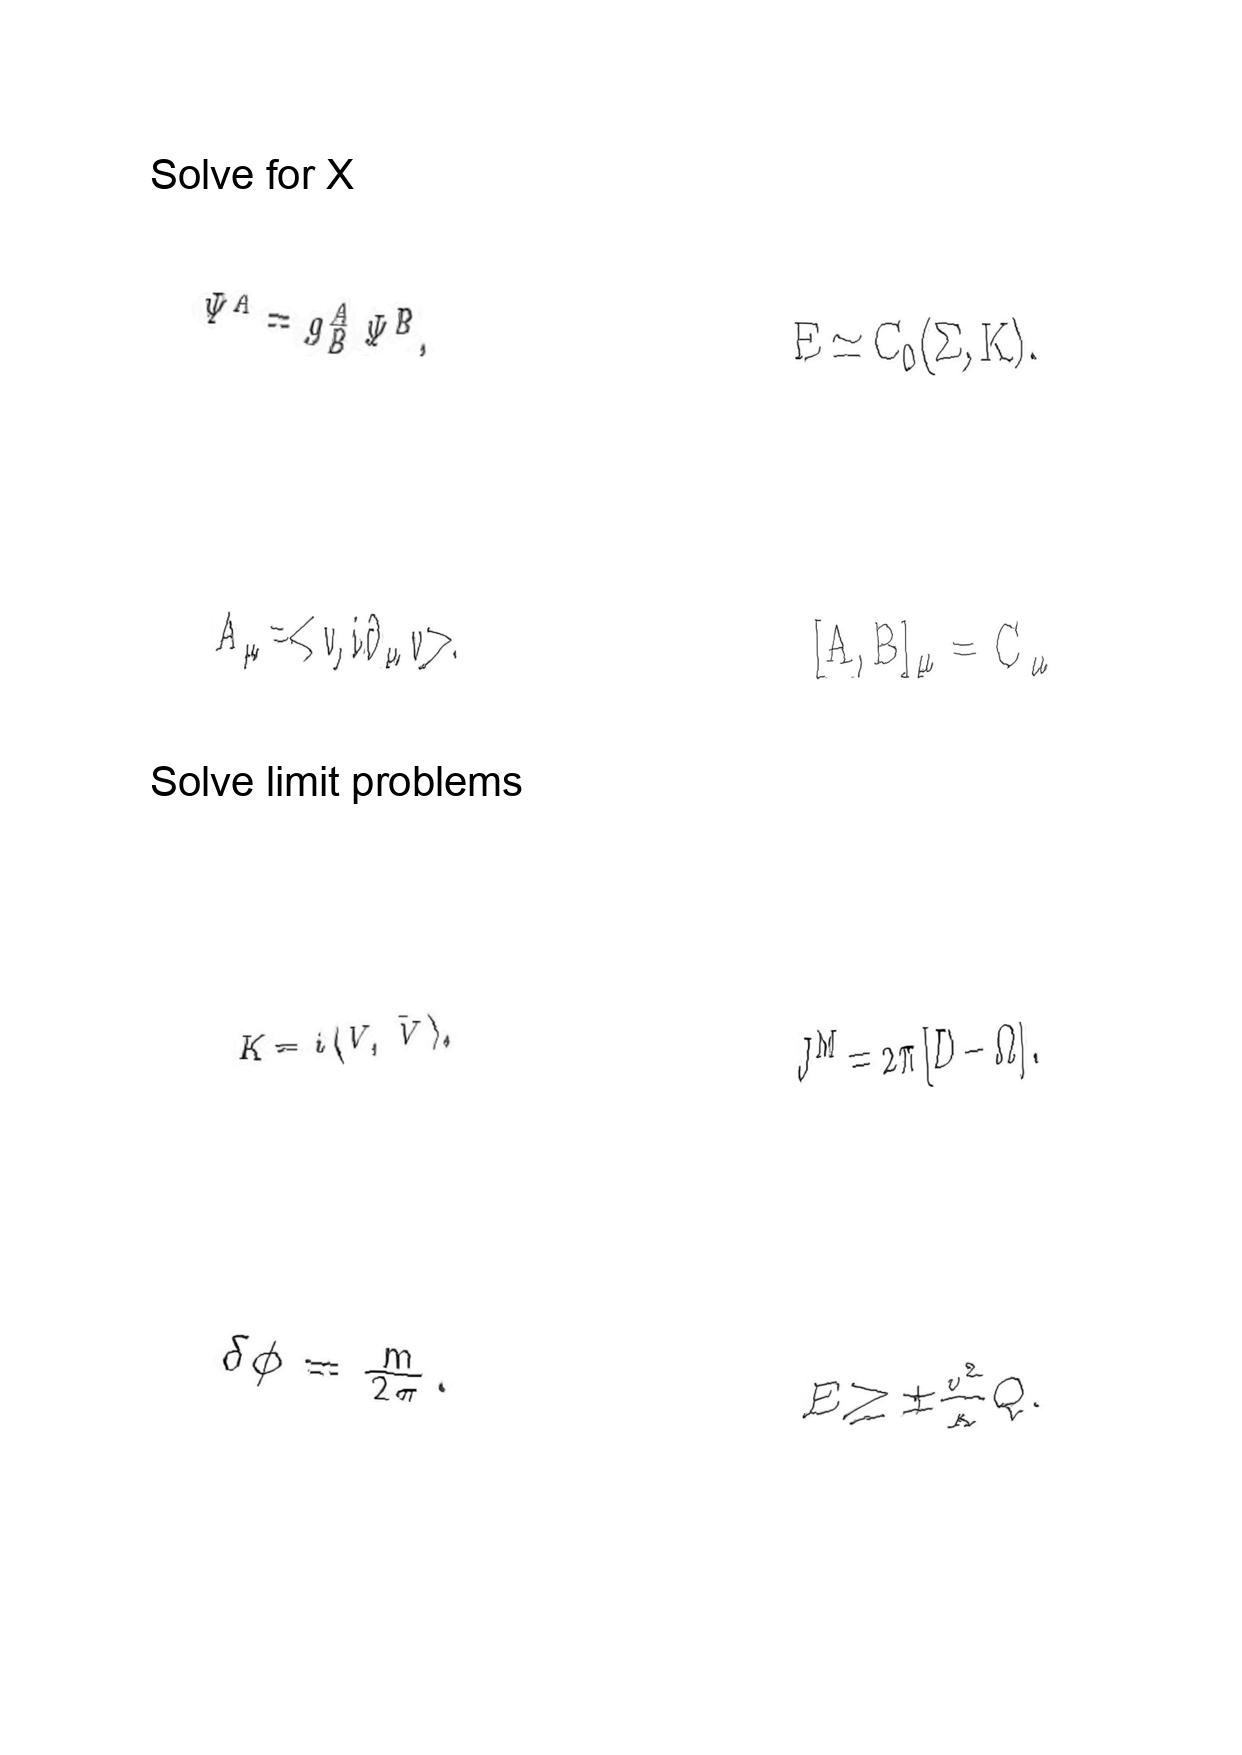
LaTeX transcription:
\Psi ^ { A } = g ^ { A } _ { B } \Psi ^ { B } ,
A _ { \mu } = \lt v , i \partial _ { \mu } v \gt ,
K = i \langle V , \bar { V } \rangle ,
\delta \phi = \frac { m } { 2 \pi } .
E \simeq C _ { 0 } \lparen \Sigma , K \rparen .
\lbrack A , B \rbrack _ { \mu } = C _ { \mu }
J ^ { M } = 2 \pi \lbrack D - \Omega \rbrack .
E \ge \pm \frac { v ^ { 2 } } { \kappa } Q .